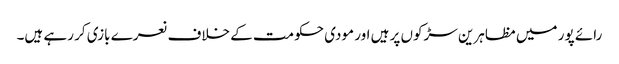
رائے پور میں مظاہرین سڑکوں پر ہیں اور مودی حکومت کے خلاف نعرے بازی کر رہے ہیں۔